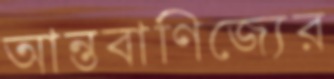
আন্তবাণিজ্যের